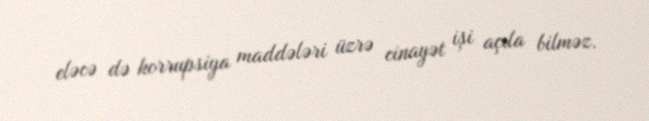
eləcə də korrupsiya maddələri üzrə cinayət işi açıla bilməz.